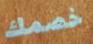
خصمك